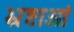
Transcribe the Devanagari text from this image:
भ्रष्टाओं